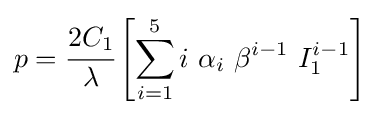
p={\cfrac {2C_{1}}{\lambda }}\left[\sum _{i=1}^{5}i~\alpha _{i}~\beta ^{i-1}~I_{1}^{i-1}\right]~